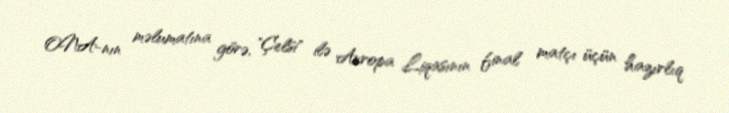
ONA-nın məlumatına görə, "Çelsi" ilə Avropa Liqasının final matçı üçün hazırlıq